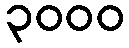
၃၀၀၀